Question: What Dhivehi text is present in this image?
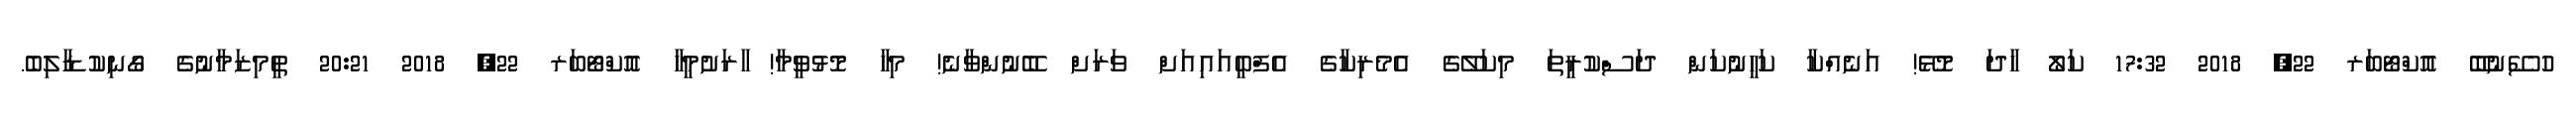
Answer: ހުސޭނުބޭ އޮކްޓޯބަރ 22, 2018 17:32 ކަލޯ ހާދަ މޮޅޭ! އަނެއްކާ ކަހީނުކަން ދަސްކުރީތަ މިކަލޭގެ އެމެރިކާގެ އެފްބީއައިއަށް ވަރަށް ބޭނުންވާނެ! މިހާ މޮޅުވީމާ! ާރަށުމީހާ އޮކްޓޯބަރ 22, 2018 20:21 ތީމިޒަމާނުގެ ގޯނިކުޑާލިބެ.